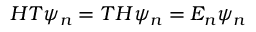
H T \psi _ { n } = T H \psi _ { n } = E _ { n } \psi _ { n }